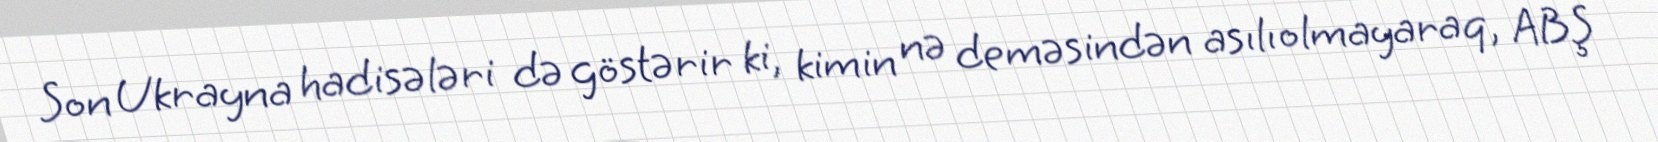
Son Ukrayna hadisələri də göstərir ki, kimin nə deməsindən asılı olmayaraq, ABŞ